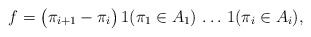
\begin{align*}f=\bigl(\pi_{i+1}-\pi_i\bigr)\,1(\pi_1\in A_1)\,\ldots\,1(\pi_i\in A_i),\end{align*}